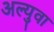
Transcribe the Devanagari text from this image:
अल्युवा